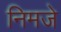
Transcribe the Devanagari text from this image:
निमजे